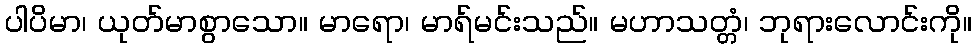
ပါပိမာ၊ ယုတ်မာစွာသော။ မာရော၊ မာရ်မင်းသည်။ မဟာသတ္တံ၊ ဘုရားလောင်းကို။